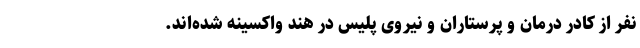
نفر از کادر درمان و پرستاران و نیروی پلیس در هند واکسینه شده‌اند.